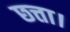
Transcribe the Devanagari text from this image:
छत्ता।